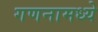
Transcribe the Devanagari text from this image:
गणनामध्ये